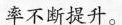
率不断提升。